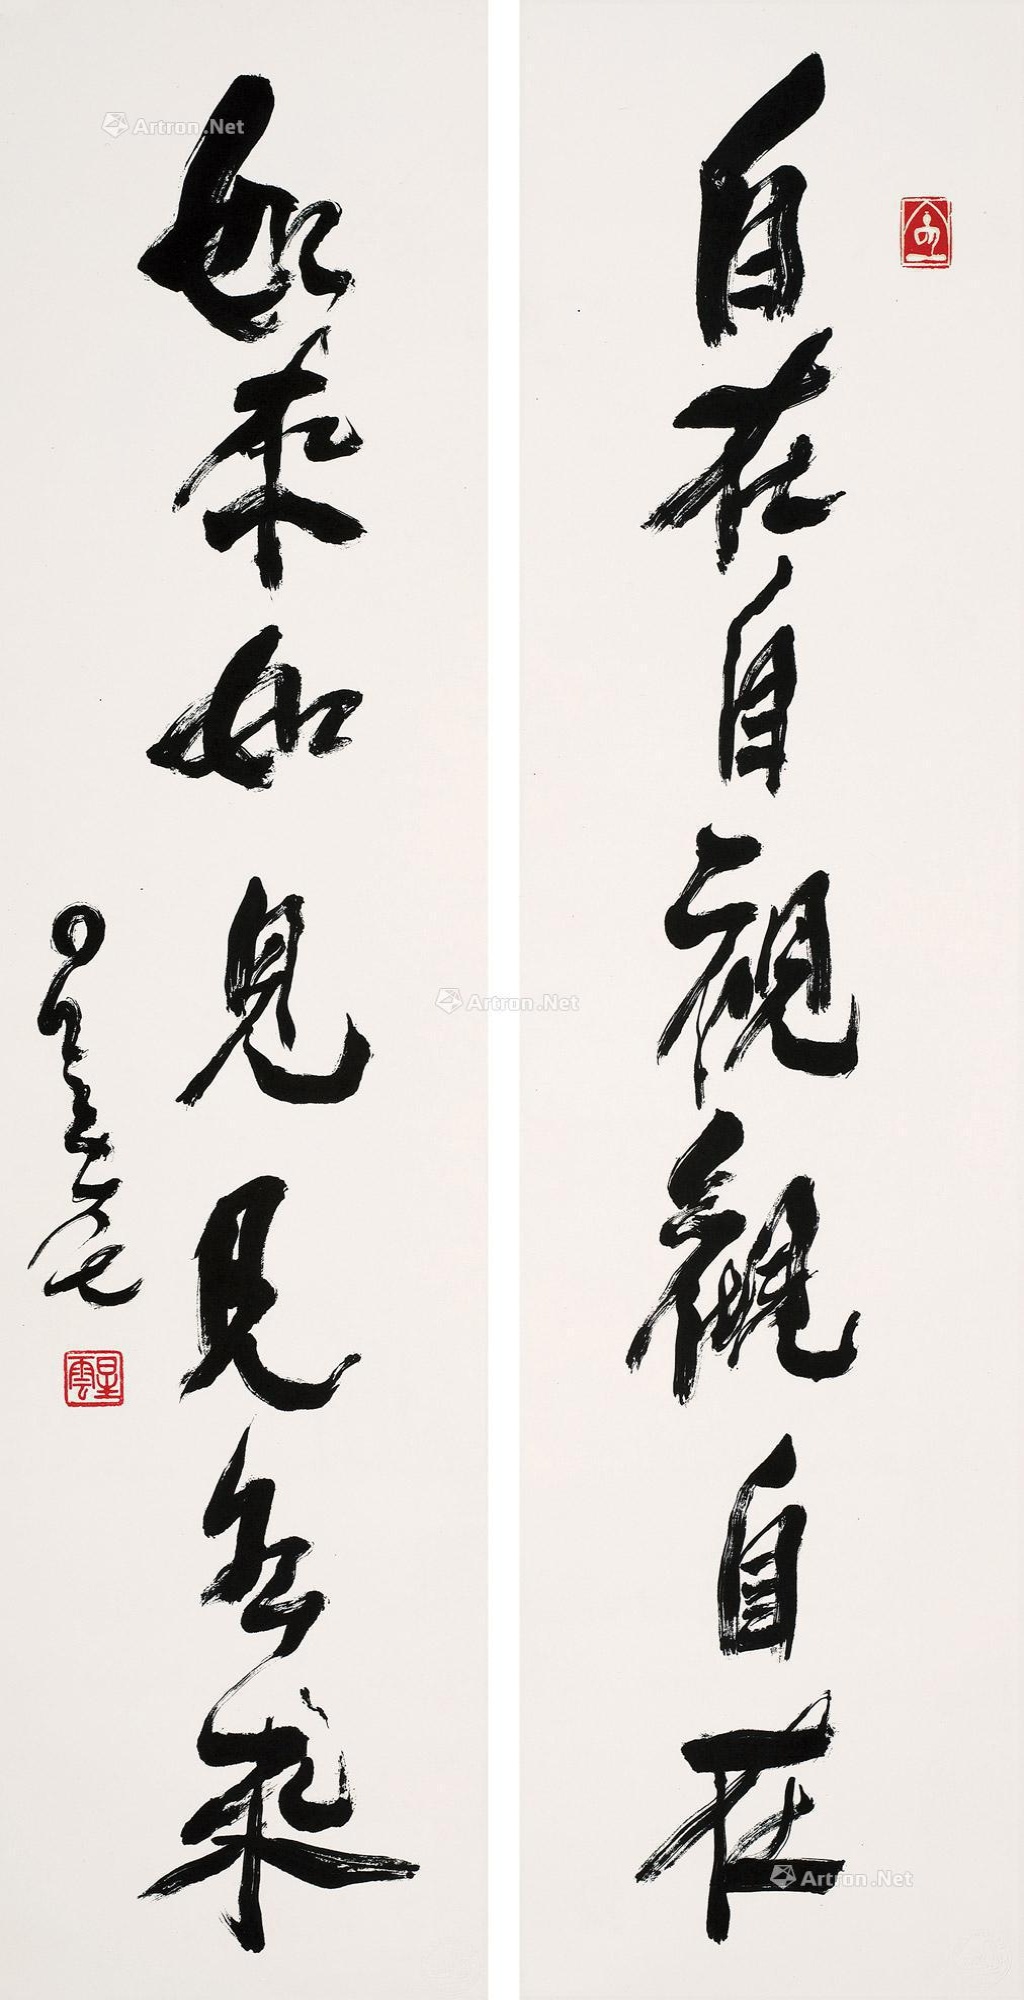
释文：自在自观观自在，如来如见见如来。星云。